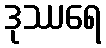
ဒုဿရေ